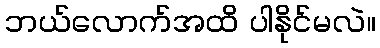
ဘယ်လောက်အထိ ပါနိုင်မလဲ။